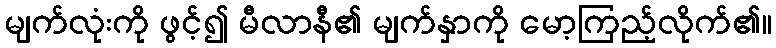
မျက်လုံးကို ဖွင့်၍ မီလာနီ၏ မျက်နှာကို မော့ကြည့်လိုက်၏။